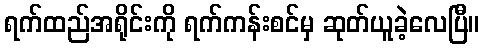
ရက်ထည်အရိုင်းကို ရက်ကန်းစင်မှ ဆုတ်ယူခဲ့လေပြီ။